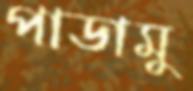
পাডামু